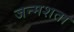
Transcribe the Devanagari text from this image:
जन्मशता